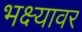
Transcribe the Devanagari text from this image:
भक्ष्यावर